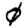
Digit: 0